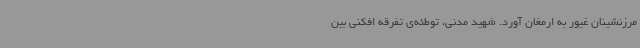
مرزنشینان غیور به ارمغان آورد. شهید مدنی، توطئه‌ی تفرقه افکنی بین